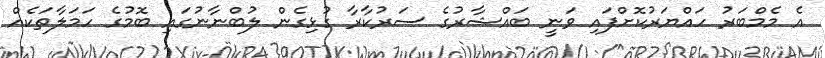
އެ މެމްބަރު ހައްޔަރުކޮށްފައި ވަނީ ބައްޝާރުގެ ސަރުކާރާ ގުޅިގެން ލުބްނާނުގައި ބޮމުގެ ހަމަލާތަކެއް